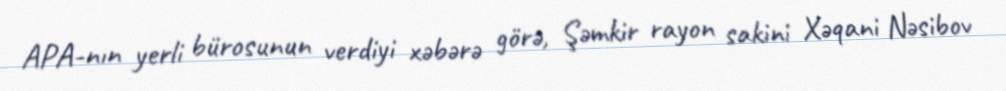
APA-nın yerli bürosunun verdiyi xəbərə görə, Şəmkir rayon sakini Xəqani Nəsibov